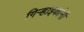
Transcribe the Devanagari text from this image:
गिर्‍हाइकांनी